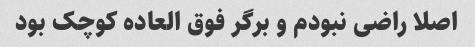
اصلا راضی نبودم و برگر فوق العاده کوچک بود